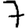
Digit: 7